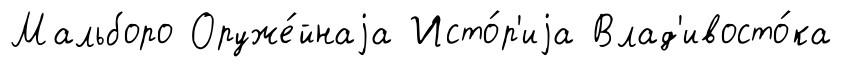
Мальборо Оруже́йнаjа Исто́р'иjа Влад'ивосто́ка